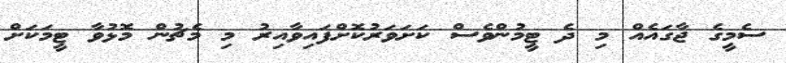
ސެމީގެ ޖާގައެއް މި ދެ ޓީމުންވެސް ކަށަވަރުކޮށްފައިވާއިރު މި މެޗުން މޮޅުވާ ޓީމަކަށް